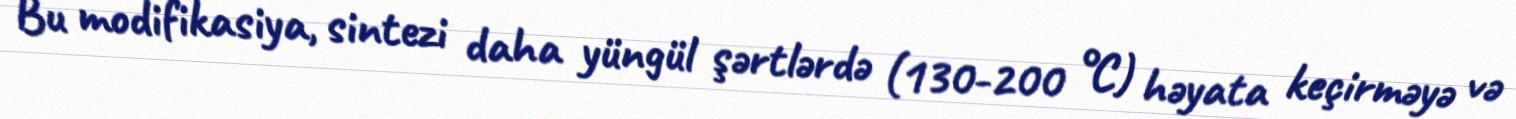
Bu modifikasiya, sintezi daha yüngül şərtlərdə (130-200 °C) həyata keçirməyə və